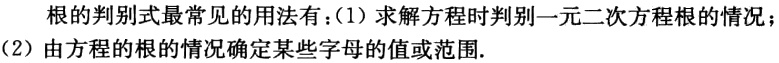
根的判别式最常见的用法有：(1)求解方程时判别一元二次方程根的情况；(2)由方程的根的情况确定某些字母的值或范围.